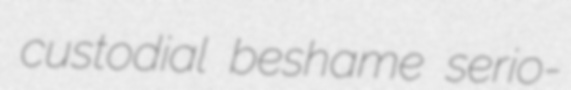
custodial beshame serio-